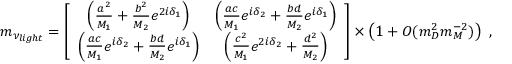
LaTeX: m _ { \nu _ { l i g h t } } = \left[ \begin{array} { c c } { { \left( \frac { a ^ { 2 } } { M _ { 1 } } + \frac { b ^ { 2 } } { M _ { 2 } } e ^ { 2 i \delta _ { 1 } } \right) } } & { { \left( \frac { a c } { M _ { 1 } } e ^ { i \delta _ { 2 } } + \frac { b d } { M _ { 2 } } e ^ { i \delta _ { 1 } } \right) } } \\ { { \left( \frac { a c } { M _ { 1 } } e ^ { i \delta _ { 2 } } + \frac { b d } { M _ { 2 } } e ^ { i \delta _ { 1 } } \right) } } & { { \left( \frac { c ^ { 2 } } { M _ { 1 } } e ^ { 2 i { \delta } _ { 2 } } + \frac { d ^ { 2 } } { M _ { 2 } } \right) } } \end{array} \right] \times \left( 1 + { \cal O } ( m _ { D } ^ { 2 } m _ { M } ^ { - 2 } ) \right) \ ,